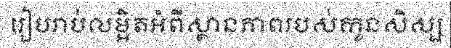
រៀបរាប់លម្អិតអំពីស្ថានភាពរបស់កូនសិស្ស